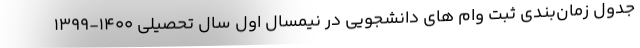
جدول زمان‌بندی ثبت وام های دانشجویی در نیمسال اول سال تحصیلی 1400-1399